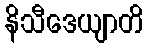
နိသီဒေယျာတိ